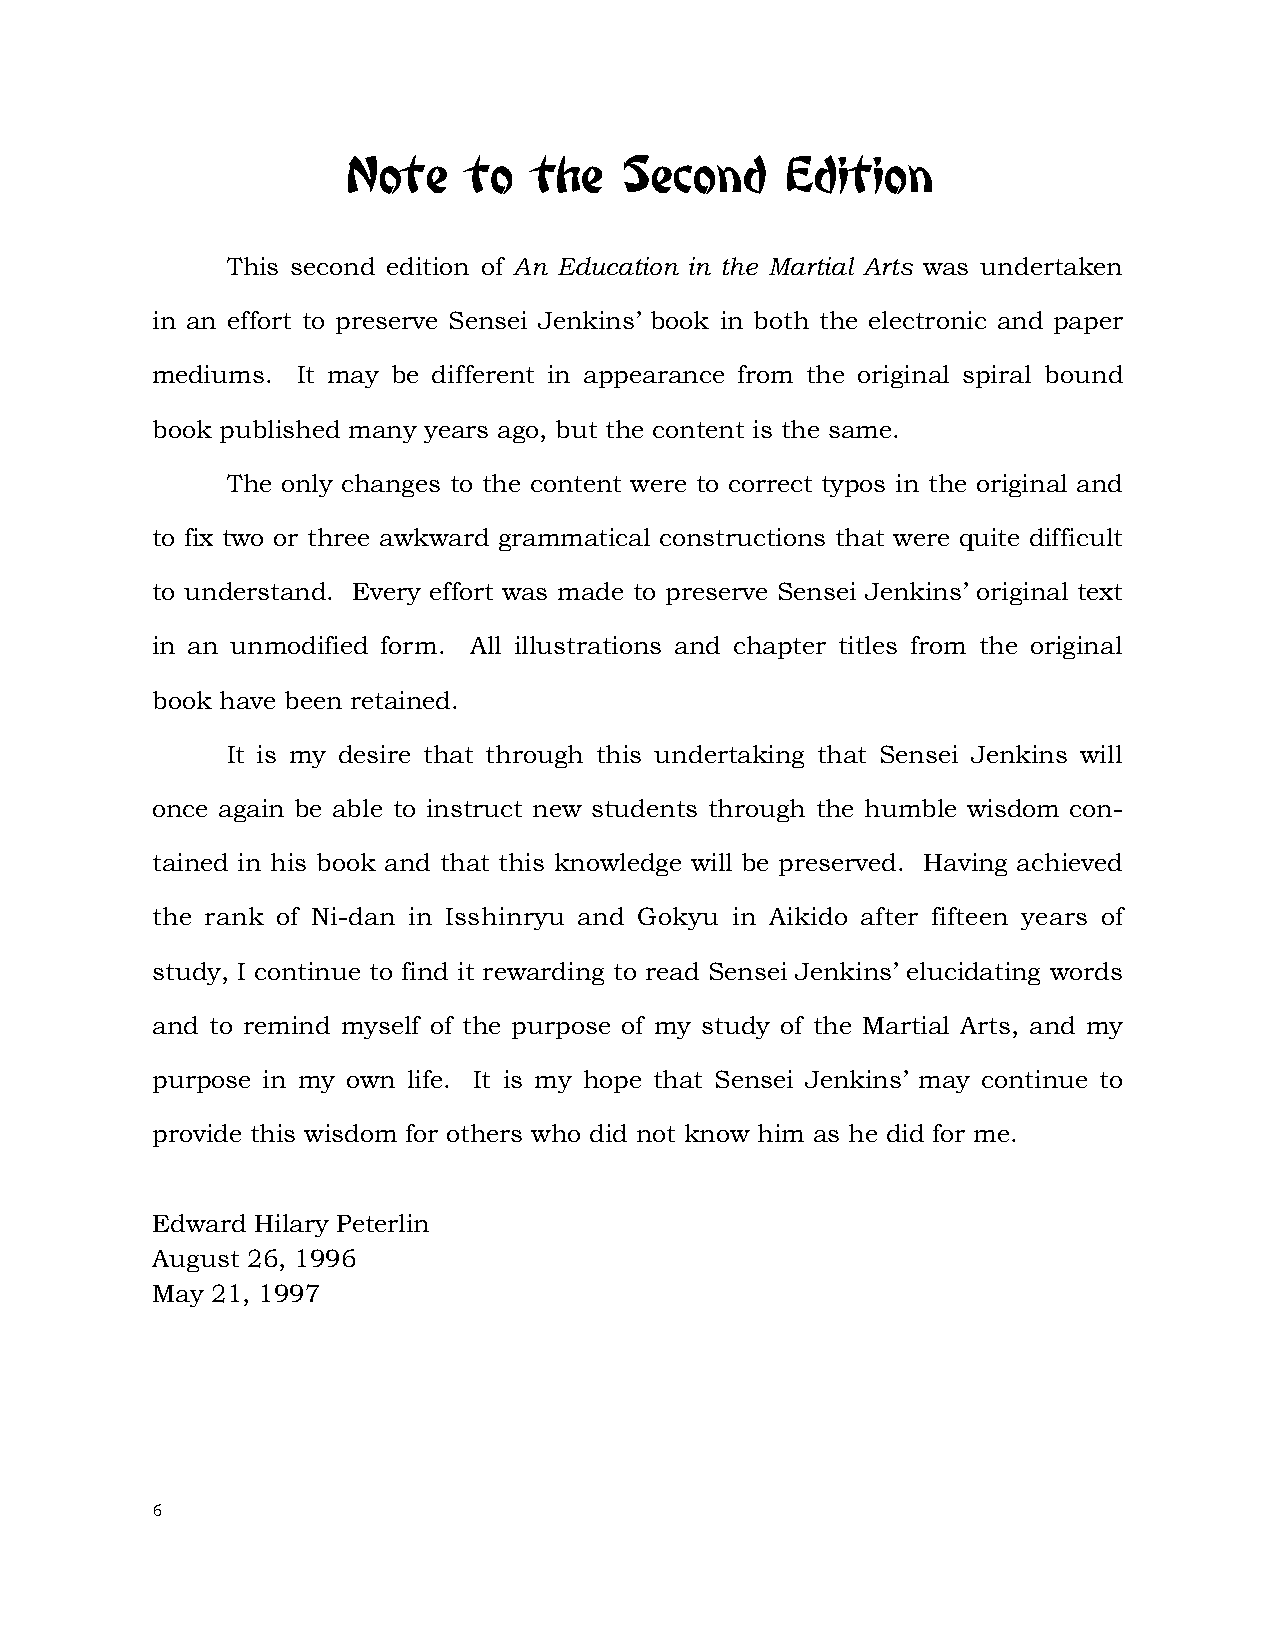
Note    to  the   Second     Edition
 This second edition of An Education in the Martial Arts was undertaken
 in an effort to preserve Sensei Jenkins’ book in both the electronic and paper
 mediums.  It may be different in appearance from the original spiral bound
 book published many years ago, but the content is the same.
 The only changes to the content were to correct typos in the original and
 to fix two or three awkward grammatical constructions that were quite difficult
 to understand. Every effort was made to preserve Sensei Jenkins’ original text
 in an unmodified form. All illustrations and chapter titles from the original
 book have been retained.
 It is my desire that through this undertaking that Sensei Jenkins will
 once again be able to instruct new students through the humble wisdom con-
 tained in his book and that this knowledge will be preserved. Having achieved
 the rank of Ni-dan in Isshinryu and Gokyu in Aikido after fifteen years of
 study, I continue to find it rewarding to read Sensei Jenkins’ elucidating words
 and to remind myself of the purpose of my study of the Martial Arts, and my
 purpose in my own life. It is my hope that Sensei Jenkins’ may continue to
 provide this wisdom for others who did not know him as he did for me.
 Edward Hilary Peterlin
 August 26, 1996
 May 21, 1997
 6